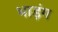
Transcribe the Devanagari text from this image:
भाड़ंग